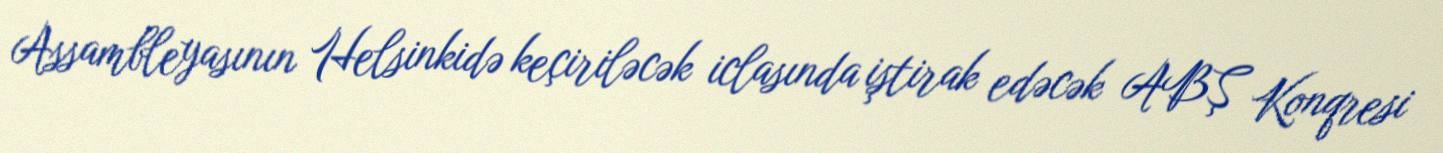
Assambleyasının Helsinkidə keçiriləcək iclasında iştirak edəcək ABŞ Konqresi